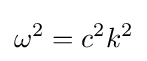
\omega ^{2}=c^{2}k^{2}